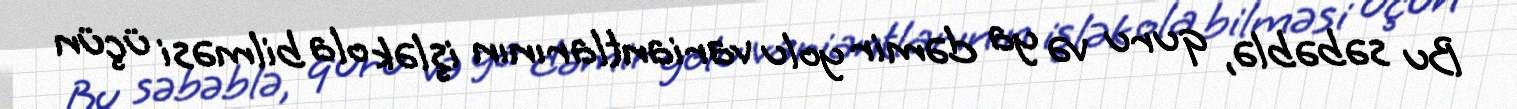
Bu səbəblə, quru və ya dəmir yolu variantlarının işlək ola bilməsi üçün